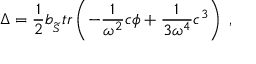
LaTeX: \Delta = \frac 1 2 b _ { _ { \widetilde { { \cal S } } } } t r \left( - \frac 1 { \omega ^ { 2 } } c \phi + \frac 1 { 3 \omega ^ { 4 } } c ^ { 3 } \right) \; ,